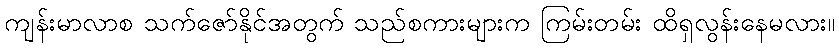
ကျန်းမာလာစ သက်ဇော်နိုင်အတွက် သည်စကားများက ကြမ်းတမ်း ထိရှလွန်းနေမလား။